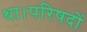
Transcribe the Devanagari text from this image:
था।परिषदों